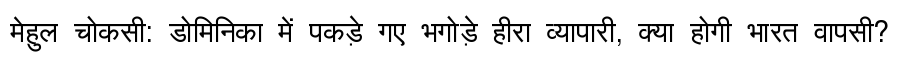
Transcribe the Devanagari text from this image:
मेहुल चोकसी: डोमिनिका में पकड़े गए भगोड़े हीरा व्यापारी, क्या होगी भारत वापसी?